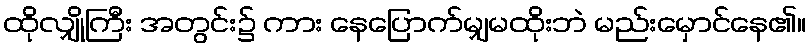
ထိုလျှိုကြီး အတွင်း၌ ကား နေပြောက်မျှမထိုးဘဲ မည်းမှောင်နေ၏။